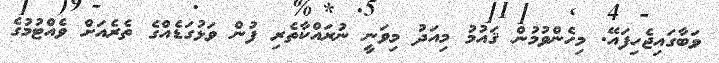
ވަބާގައިޖެހިފައޭ. މިހެންވުމުން ޤައުމު މިއަދު މިވަނީ ނުރައްކާތެރި ފުން ވަޅުގަޑެއްގެ ތެރެއަށް ވެއްޓުމުގެ